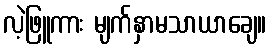
လဲ့ဖြူကား မျက်နှာမသာယာချေ။